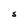
Character: S